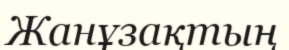
Жанұзақтың